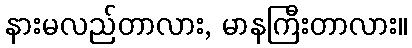
နားမလည်တာလား, မာနကြီးတာလား။